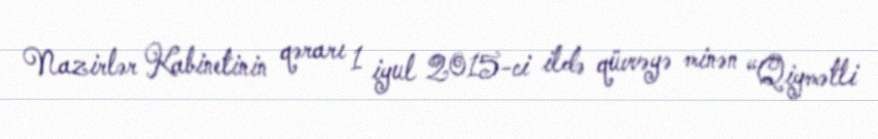
Nazirlər Kabinetinin qərarı 1 iyul 2015-ci ildə qüvvəyə minən “Qiymətli